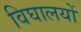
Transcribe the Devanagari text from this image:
विघालयों